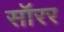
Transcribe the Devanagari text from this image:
सॉरर